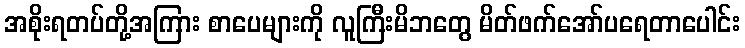
အစိုးရတပ်တို့အကြား စာပေများကို လူကြီးမိဘတွေ မိတ်ဖက်အော်ပရေတာပေါင်း